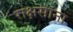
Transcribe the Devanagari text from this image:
राक्षसाना